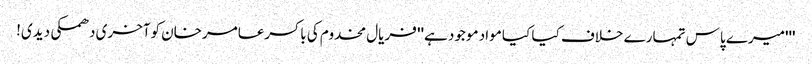
'''میرے پاس تمہارے خلاف کیا کیا مواد موجود ہے'' فریال مخدوم کی باکسرعامرخان کوآخری دھمکی دیدی!